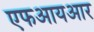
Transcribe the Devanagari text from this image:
एफआयआर